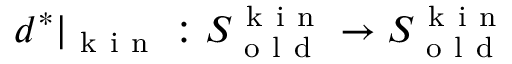
d ^ { * } \vert _ { \mathrm { ~ k ~ i ~ n ~ } } : S _ { \mathrm { ~ o ~ l ~ d ~ } } ^ { \mathrm { ~ k ~ i ~ n ~ } } \to S _ { \mathrm { ~ o ~ l ~ d ~ } } ^ { \mathrm { ~ k ~ i ~ n ~ } }